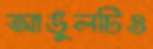
আঙুলটিও